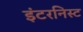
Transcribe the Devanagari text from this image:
इंटरनिस्ट